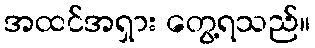
အထင်အရှား တွေ့ရသည်။